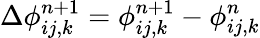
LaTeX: \Delta\phi_{ij,k}^{n+1}=\phi_{ij,k}^{n+1}-\phi_{ij,k}^{n}